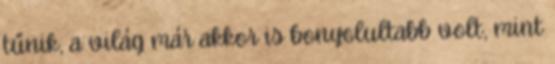
tűnik, a világ már akkor is bonyolultabb volt, mint